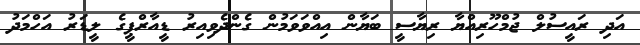
އަދި ރައީސުލް ޖުމްހޫރިއްޔާ ރިޔާސީ ބަޔާން އިއްވަވަމުން ގެންދެވިއިރު ޑީއާރްޕީގެ ލީޑަރު އަހްމަދު